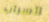
لأسباب